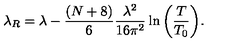
\lambda _ { R } = \lambda - \frac { ( N + 8 ) } { 6 } \frac { \lambda ^ { 2 } } { 1 6 \pi ^ { 2 } } \ln { \left( \frac { T } { T _ { 0 } } \right) } .